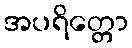
အပရိတ္တော